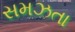
સમઝતા